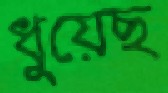
ধুয়েছ